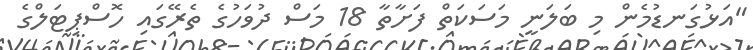
"އަޅުގަނޑުމެން މި ބަލަނީ މަސަކަތް ފަށާތާ 18 މަސް ދުވަހުގެ ތެރޭގައި ހޮސްޕިޓަލްގެ